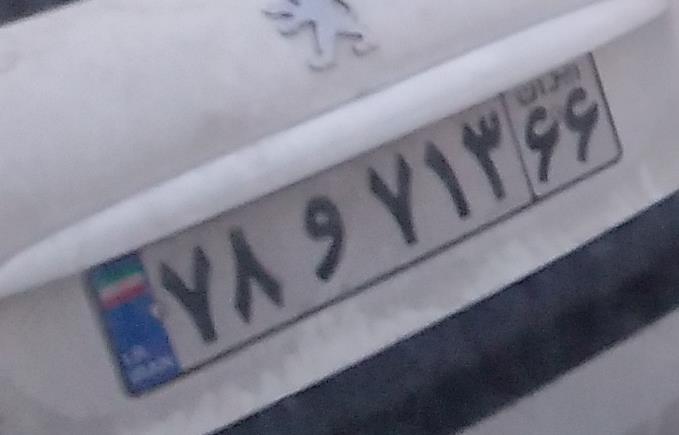
۷۸و۷۱۳۶۶